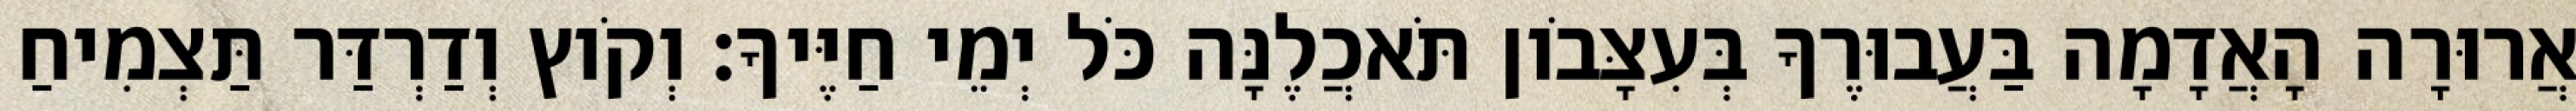
אֲרוּרָה הָאֲדָמָה בַּעֲבוּרֶךָ בְּעִצָּבֹון תֹּאכֲלֶנָּה כֹּל יְמֵי חַיֶּיךָ׃ וְקֹוץ וְדַרְדַּר תַּצְמִיחַ